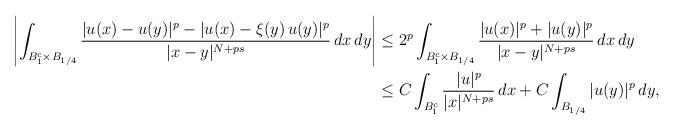
LaTeX: \begin{align*}\left|\int_{B_1^c\times B_{1/4}}\frac{|u(x)-u(y)|^p-|u(x)-\xi(y)\, u(y)|^p}{|x-y|^{N+ps}}\, dx\, dy\right|&\leq 2^p\int_{B_1^c\times B_{1/4}}\frac{|u(x)|^p+|u(y)|^p}{|x-y|^{N+ps}}\, dx\, dy\\&\leq C\int_{B_1^c}\frac{|u|^p}{|x|^{N+ps}}\, dx +C\int_{B_{1/4}}|u(y)|^p\, dy,\end{align*}